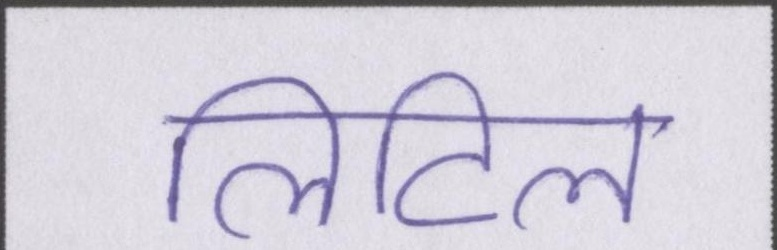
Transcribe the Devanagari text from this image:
लिटिल